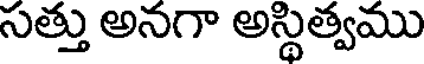
సత్తు అనగా అస్థిత్వము